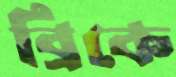
ব্রিকে